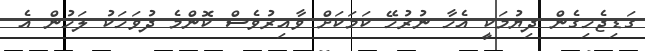
ގަޑިޖެހިގެން ދިޔުމަކީ އެހާ ނުރުހޭ ކަމަކަށް ވާއިރުވެސް ކޮންމެ ދުވަހަކު ލަހުން އެ